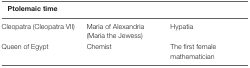
<table><thead><tr><td colspan="3"><b>Ptolemaic time</b></td></tr></thead><tbody><tr><td>Cleopatra (Cleopatra VII)</td><td>Maria of Alexandria (Maria the Jewess)</td><td>Hypatia</td></tr><tr><td>Queen of Egypt</td><td>Chemist</td><td>The first female mathematician</td></tr></tbody></table>